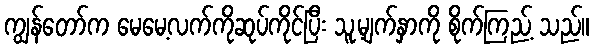
ကျွန်တော်က မေမေ့လက်ကိုဆုပ်ကိုင်ပြီး သူ့မျက်နှာကို စိုက်ကြည့် သည်။